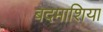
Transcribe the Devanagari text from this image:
बदमाशिया